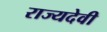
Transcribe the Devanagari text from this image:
राज्यदेवी